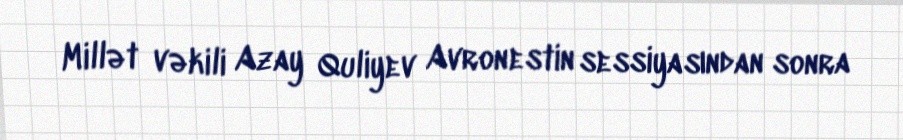
Millət vəkili Azay Quliyev Avronestin sessiyasından sonra